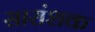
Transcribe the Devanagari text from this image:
सारांशक